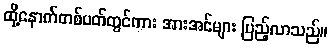
ထို့နောက်တစ်ပတ်တွင်ကား အားအင်များ ပြည့်လာသည်။